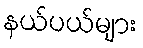
နယ်ပယ်များ